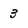
Character: 3